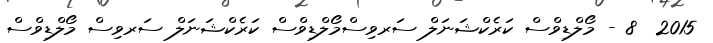
2015  8 - މޯލްޑިވްސް ކަރެކްޝަނަލް ސަރވިސްމޯލްޑިވްސް ކަރެކްޝަނަލް ސަރވިސް މޯލްޑިވްސް